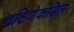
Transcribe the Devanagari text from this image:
दक्षिणेकडिल